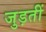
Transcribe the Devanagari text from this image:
जुड़तीं